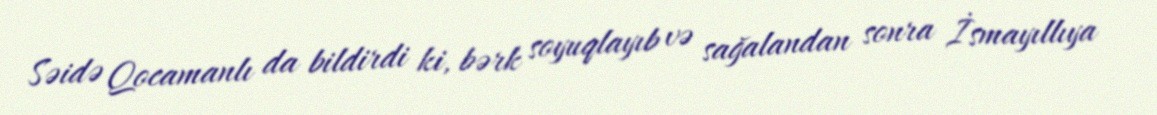
Səidə Qocamanlı da bildirdi ki, bərk soyuqlayıb və sağalandan sonra İsmayıllıya